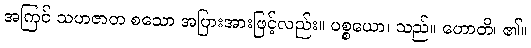
အကြင် သဟဇာတ စသော အပြားအားဖြင့်လည်း။ ပစ္စယော၊ သည်။ ဟောတိ၊ ၏။